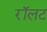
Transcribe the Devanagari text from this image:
रॉलट